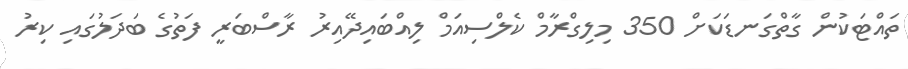
ތައްޓަކުން ގާތްގަނޑަކަށް 350 މިލިގްރާމް ކެލްސިއަމް ލިއްބައިދޭއިރު ރާސްބަރީ ފަތުގެ ބަދަލުގައި ކިރު